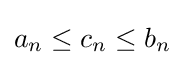
a_{n}\leq c_{n}\leq b_{n}